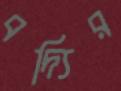
বদ্যির